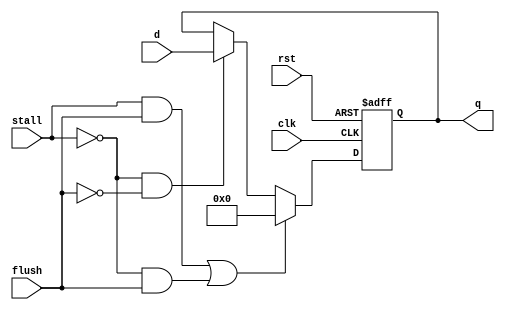

// mlt_dp_reg_IFID mltIfId();toptopalways(@posedge clk) 
// mltIdEx.PC <= mltIfId.PC;


module dp_reg #(
    parameter WIDTH = 32,
    parameter INIT_VALUE = 32'b0
) (
    input clk, rst , stall, flush,
    input [WIDTH-1:0] d,

    output reg [WIDTH-1:0] q
);

    always @(posedge clk or negedge rst) begin
        if(!rst) begin
            q <= 32'h1_0000;
        end
        else if(stall & flush | ~stall & flush ) begin // flushinit
            q <= INIT_VALUE;
        end
        else if(~stall & ~flush) begin // next pc
            q <= d;
        end
        else if(stall & ~flush) begin // stall
            q <= q;
        end

        // else if (enable) begin //~~ stall, flush : 1,1 \ 1,0 \ 0,1 \ 0,0 q
        //     if (flush) begin
        //         q <= INIT_VALUE; //not stall , flush
        //     end
        //     else begin
        //         q <= d; // pcnext : not stall, not flush
        //     end
        // end //q ... stall , flush0
    end
    
endmodule

/*
module mlt_dp_reg_IFID;
    reg [31:0] inst, PC4, PC;
endmodule

module mlt_dp_reg_IDEX;
    reg [31:0] rs1Data, rs2Data,imm_ext,PC,PC4;
    reg [4:0] rs1, rs2, rd_D; //rs1,rs2 is for hazard
    // EX
    reg alu_src,rd2ext_src,IS_jalr,IS_Utype,IS_lui,Jump,is_branch;
    reg [3:0] alu_ctrl;
    reg [2:0] imm_src;
    // MEM
    reg mem_write, mreq, sgn_ext_src;
    // WB
    reg reg_write, result_src;
endmodule

module mlt_dp_reg_EXMEM;
    reg [31:0] alu_out, WD_mem, PC4, u_out;
    reg [4:0] rd_E ;
    // MEM
    reg mem_write, mreq, sgn_ext_src;
    // WB
    reg reg_write, result_src;
endmodule

module mlt_dp_reg_MEMWB;
    reg [31:0] R_DDT, alu_out, PC4, u_out;
    reg [4:0] rd_M;
    // WB
    reg reg_write, result_src;
endmodule
*/